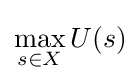
\max _{s\in X}U(s)